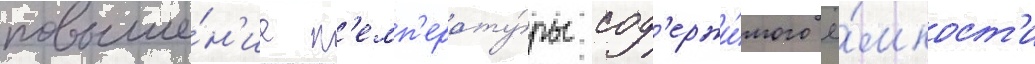
повыше́н'ие т'емп'ерату́ры сод'ержи́мого ё́мкост'и